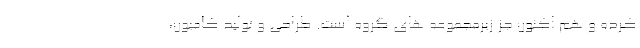
کرده و هم اکنون جز زیرمجموعه های گروه است. طراحی و تولید کامیون،